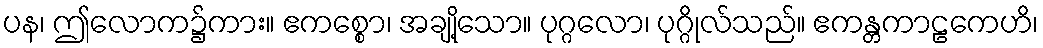
ပန၊ ဤလောက၌ကား။ ဧကစ္စော၊ အချို့သော။ ပုဂ္ဂလော၊ ပုဂ္ဂိုလ်သည်။ ဧကန္တကာဠကေဟိ၊